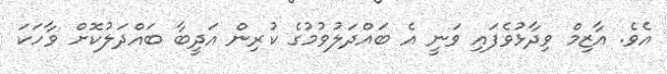
އެވެ. އާޒިމް ވިދާޅުވެފައި ވަނީ އެ ބައްދަލުވުމުގެ ކުރިން އަދީބާ ބައްދަލުކޮށް ވާހަކަ